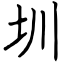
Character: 圳